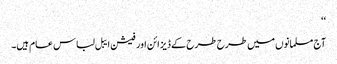
‘‘
آج مسلمانوں میں طرح طرح کے ڈیزائن اور فیشن ایبل لباس عام ہیں۔